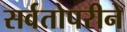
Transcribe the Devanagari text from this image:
सर्वतोपरीने